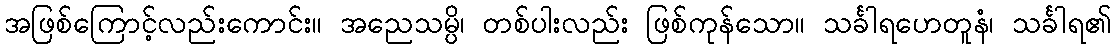
အဖြစ်ကြောင့်လည်းကောင်း။ အညေသမ္ပိ၊ တစ်ပါးလည်း ဖြစ်ကုန်သော။ သင်္ခါရဟေတူနံ၊ သင်္ခါရ၏